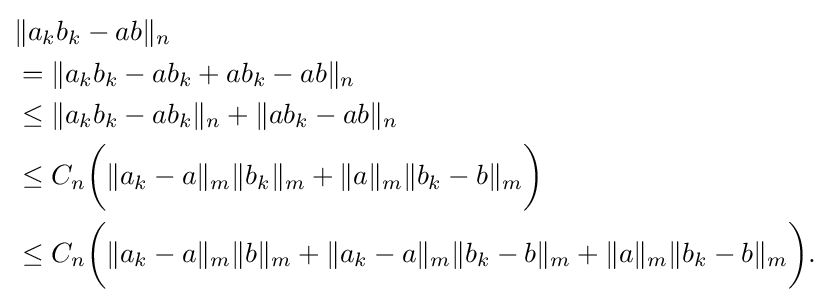
{\begin{aligned}&{}\|a_{k}b_{k}-ab\|_{n}\\&=\|a_{k}b_{k}-ab_{k}+ab_{k}-ab\|_{n}\\&\leq \|a_{k}b_{k}-ab_{k}\|_{n}+\|ab_{k}-ab\|_{n}\\&\leq C_{n}{\biggl (}\|a_{k}-a\|_{m}\|b_{k}\|_{m}+\|a\|_{m}\|b_{k}-b\|_{m}{\biggr )}\\&\leq C_{n}{\biggl (}\|a_{k}-a\|_{m}\|b\|_{m}+\|a_{k}-a\|_{m}\|b_{k}-b\|_{m}+\|a\|_{m}\|b_{k}-b\|_{m}{\biggr )}.\end{aligned}}